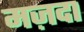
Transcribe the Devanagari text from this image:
मज़दा